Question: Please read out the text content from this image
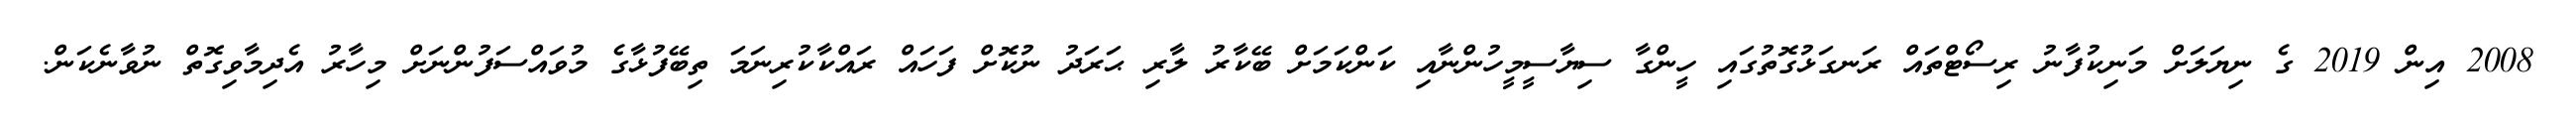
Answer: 2008 އިން 2019 ގެ ނިޔަލަށް މަނިކުފާނު ރިސޯޓްތައް ރަނގަޅުގޮތުގައި ހީންގާ ސިޔާސީމީހުންނާއި ކަންކަމަށް ބޭކާރު ލާރި ޙަރަދު ނުކޮށް ފަހައް ރައްކާކުރިނަމަ ތިބޭފުޅާގެ މުވައްސަފުންނަށް މިހާރު އެދިމާވިގޮތް ނުވާނެކަން.